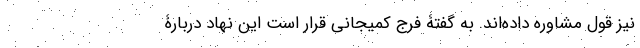
نیز قول مشاوره داده‌اند. به گفتۀ فرج کمیجانی قرار است این نهاد دربارۀ